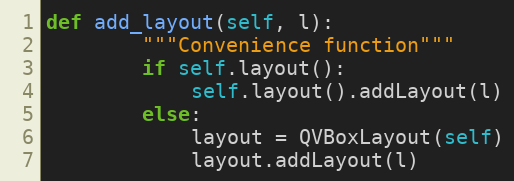
Language: Python
def add_layout(self, l):
        """Convenience function"""
        if self.layout():
            self.layout().addLayout(l)
        else:
            layout = QVBoxLayout(self)
            layout.addLayout(l)